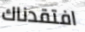
افتقدناك